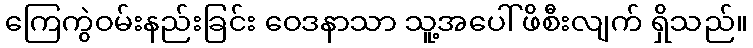
ကြေကွဲဝမ်းနည်းခြင်း ဝေဒနာသာ သူ့အပေါ် ဖိစီးလျက် ရှိသည်။